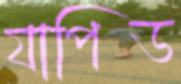
যাপিড